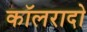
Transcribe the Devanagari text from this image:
कॉलरादो